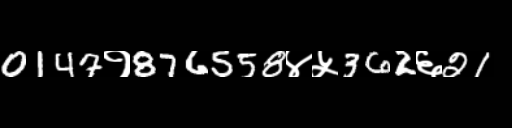
Text: 0147१876558४५362६21